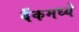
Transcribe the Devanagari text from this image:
बँकमध्ये